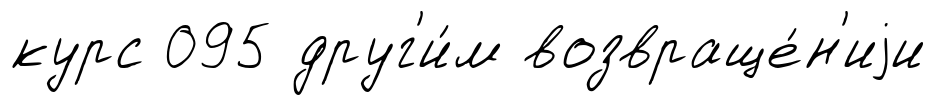
курс 095 друг'и́м возвраще́н'иjи